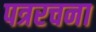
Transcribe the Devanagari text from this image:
पत्ररचना